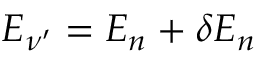
E _ { \nu ^ { \prime } } = E _ { n } + \delta E _ { n }